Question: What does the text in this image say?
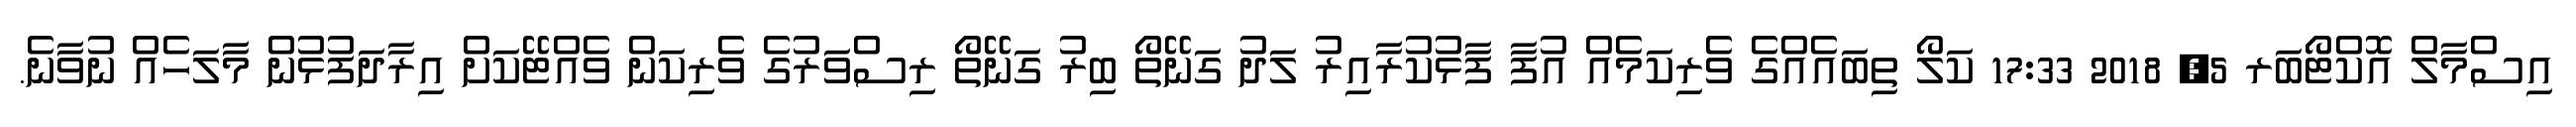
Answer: އިސްމާލް އޮކްޓޯބަރ 5, 2018 17:33 ކަލޯ ތިބައެއްގެ ވެރިކަމެއް އުފާ ފާޅުކުރާއިރު ލަދު ގަނޭތޯ ބިރު ގަނޭތޯ ރިސްވަރުގެ ވެރިކަން ވެއްޓޭކަށް އިރާދަފުޅުން މާލަހެއް ނުވާނެ.